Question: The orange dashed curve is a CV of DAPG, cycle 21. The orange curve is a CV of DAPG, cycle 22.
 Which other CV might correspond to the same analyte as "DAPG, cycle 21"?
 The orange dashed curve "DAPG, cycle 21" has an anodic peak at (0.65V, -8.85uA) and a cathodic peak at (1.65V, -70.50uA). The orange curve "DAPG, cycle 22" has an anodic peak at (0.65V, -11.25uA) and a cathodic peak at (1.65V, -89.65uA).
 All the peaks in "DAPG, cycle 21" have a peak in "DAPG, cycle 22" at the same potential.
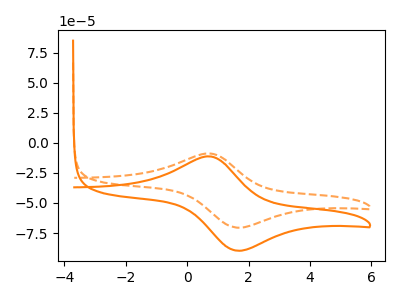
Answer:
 <answer>The CV with the most similar shape to "DAPG, cycle 22" is "DAPG, cycle 21".</answer>
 <eval>"DAPG, cycle 21"</eval>